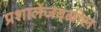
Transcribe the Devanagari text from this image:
प्रशालेजवळील